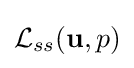
{\mathcal {L}}_{ss}(\mathbf {u} ,p)